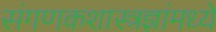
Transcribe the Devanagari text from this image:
संगणकशास्त्रज्ञांमध्ये